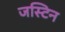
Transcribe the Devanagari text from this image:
जस्‍टिन